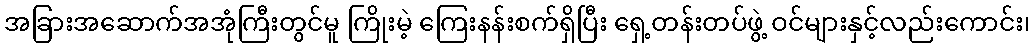
အခြားအဆောက်အအုံကြီးတွင်မူ ကြိုးမဲ့ ကြေးနန်းစက်ရှိပြီး ရှေ့တန်းတပ်ဖွဲ့ ဝင်များနှင့်လည်းကောင်း၊